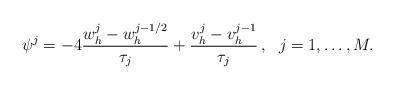
LaTeX: \begin{gather*} \psi^j = - 4 \frac{w_h^j-w_h^{j-1/2}}{\tau_j} + \frac{v_h^j-v_h^{j-1}}{\tau_j}\,, \ \ j=1,\dots,M.\end{gather*}